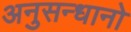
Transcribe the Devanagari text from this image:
अनुसन्धानो